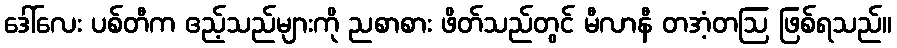
ဒေါ်လေး ပစ်တီက ဧည့်သည်များကို ညစာစား ဖိတ်သည်တွင် မီလာနီ တအံ့တဩ ဖြစ်ရသည်။